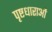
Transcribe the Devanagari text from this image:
पृष्टधाराओं